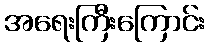
အရေးကြီးကြောင်း